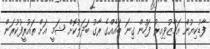
ފާޑުކިޔުން އަމާޒުވިއިރު ފަހުން ގިނަ ބައެއްގެ ރާގު ބަދަލުކޮށް ޝަމީ އަށް ތައުރީފުކުރަން